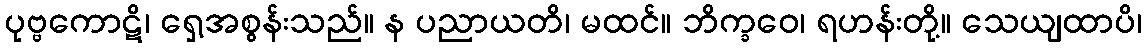
ပုဗ္ဗကောဋိ၊ ရှေ့အစွန်းသည်။ န ပညာယတိ၊ မထင်။ ဘိက္ခဝေ၊ ရဟန်းတို့။ သေယျထာပိ၊